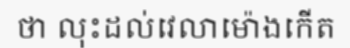
ថា លុះដល់វេលាម៉ោងកើត